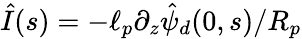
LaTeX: \hat{I}(s)=-\ell_{p}\partial_{z}\hat{\psi}_{d}(0,s)/R_{p}